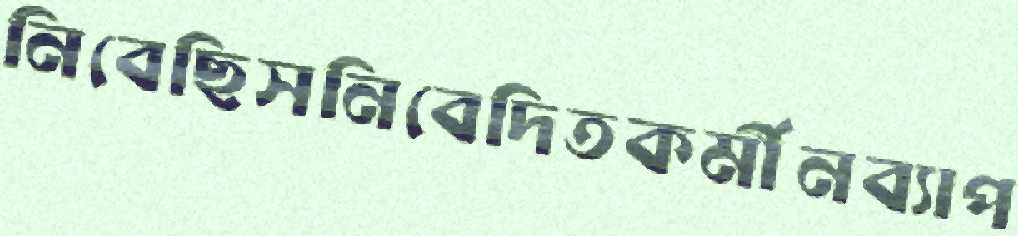
নিবেছিসনিবেদিতকর্মীনব্যাপ